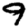
Digit: 9